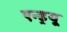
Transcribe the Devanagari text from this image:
एन्‍ड्रयू